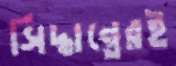
সিদ্ধান্তেরই